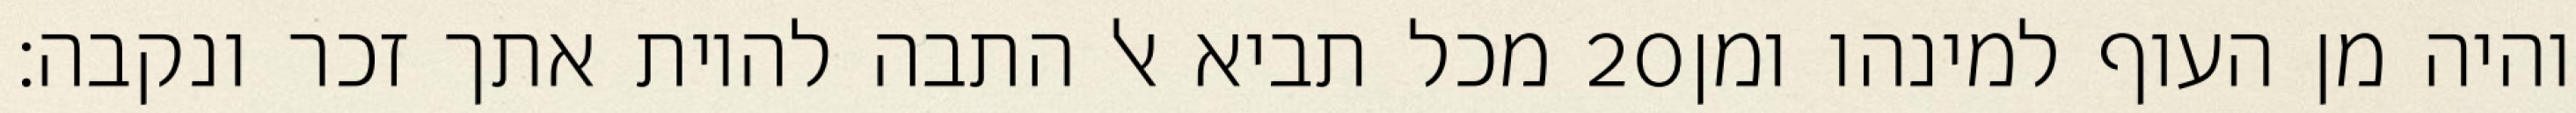
מכל תביא אל התבה להיות אתך זכר ונקבה׃ ‎20‏ והיה מן העוף למינהו ומן